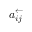
a _ { i j } ^ { \leftarrow }